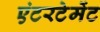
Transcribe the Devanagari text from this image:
एंटरटेमेंट